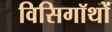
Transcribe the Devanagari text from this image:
विसिगॉथों